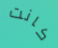
كانت